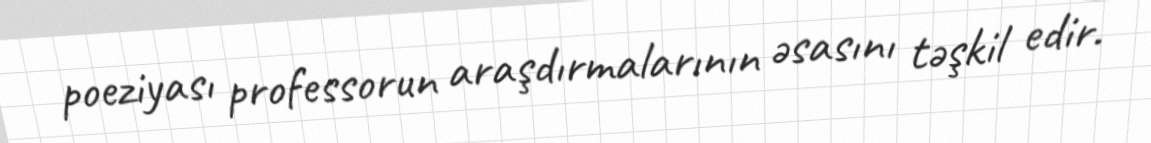
poeziyası professorun araşdırmalarının əsasını təşkil edir.